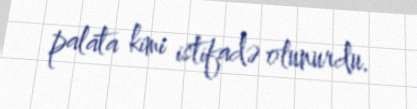
palata kimi istifadə olunurdu.